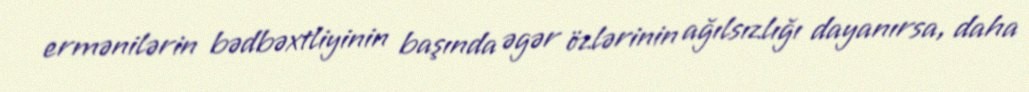
ermənilərin bədbəxtliyinin başında əgər özlərinin ağılsızlığı dayanırsa, daha